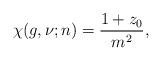
LaTeX: \begin{align*}\chi(g,\nu; n) = \frac{1 + z_0}{m^2},\end{align*}